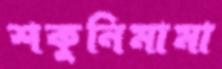
শকুনিমামা